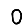
Digit: 0